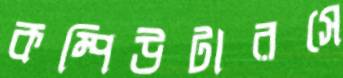
কম্পিউটারসে